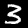
Label: 3